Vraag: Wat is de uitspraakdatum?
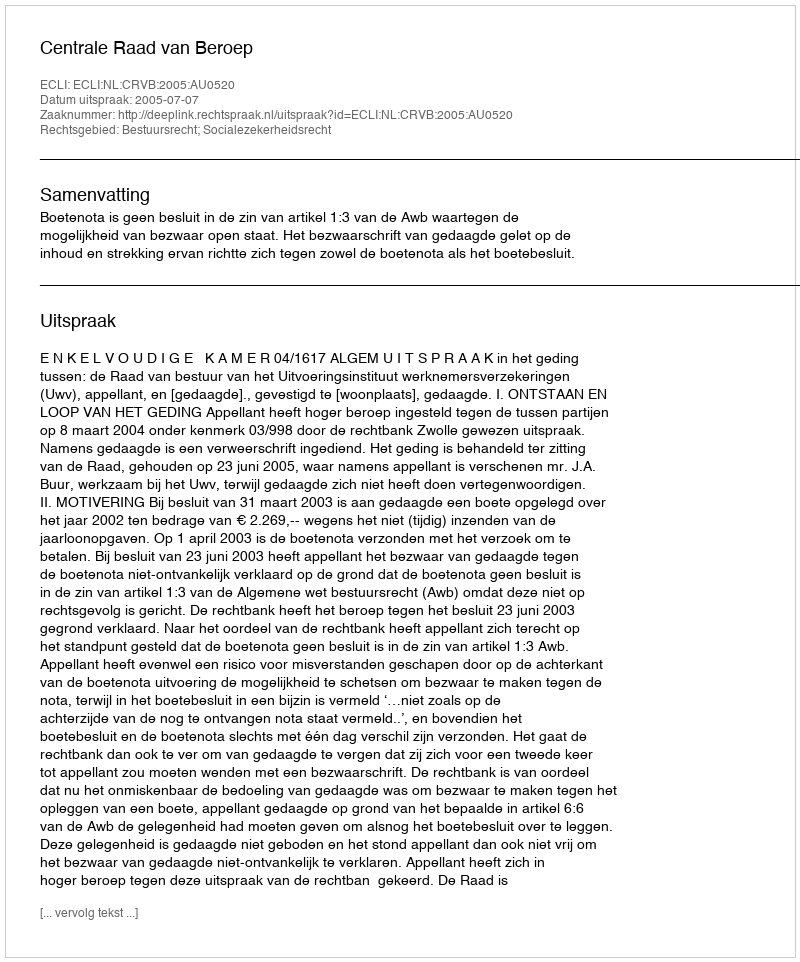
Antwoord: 2005-07-07